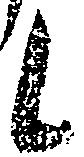
候